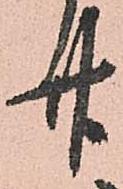
廿